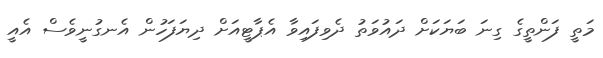
މަތީ ފަންތީގެ ގިނަ ބަޔަކަށް ދައުވަތު ދެވިފައިވާ އެޕާޓީއަށް ދިޔަފަހުން އެނގުނީވެސް އެއީ